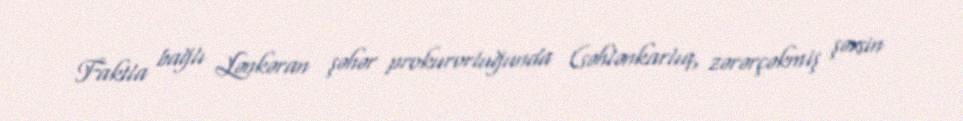
Faktla bağlı Lənkəran şəhər prokurorluğunda (səhlənkarlıq, zərərçəkmiş şəxsin